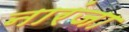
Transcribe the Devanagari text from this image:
नारंजा